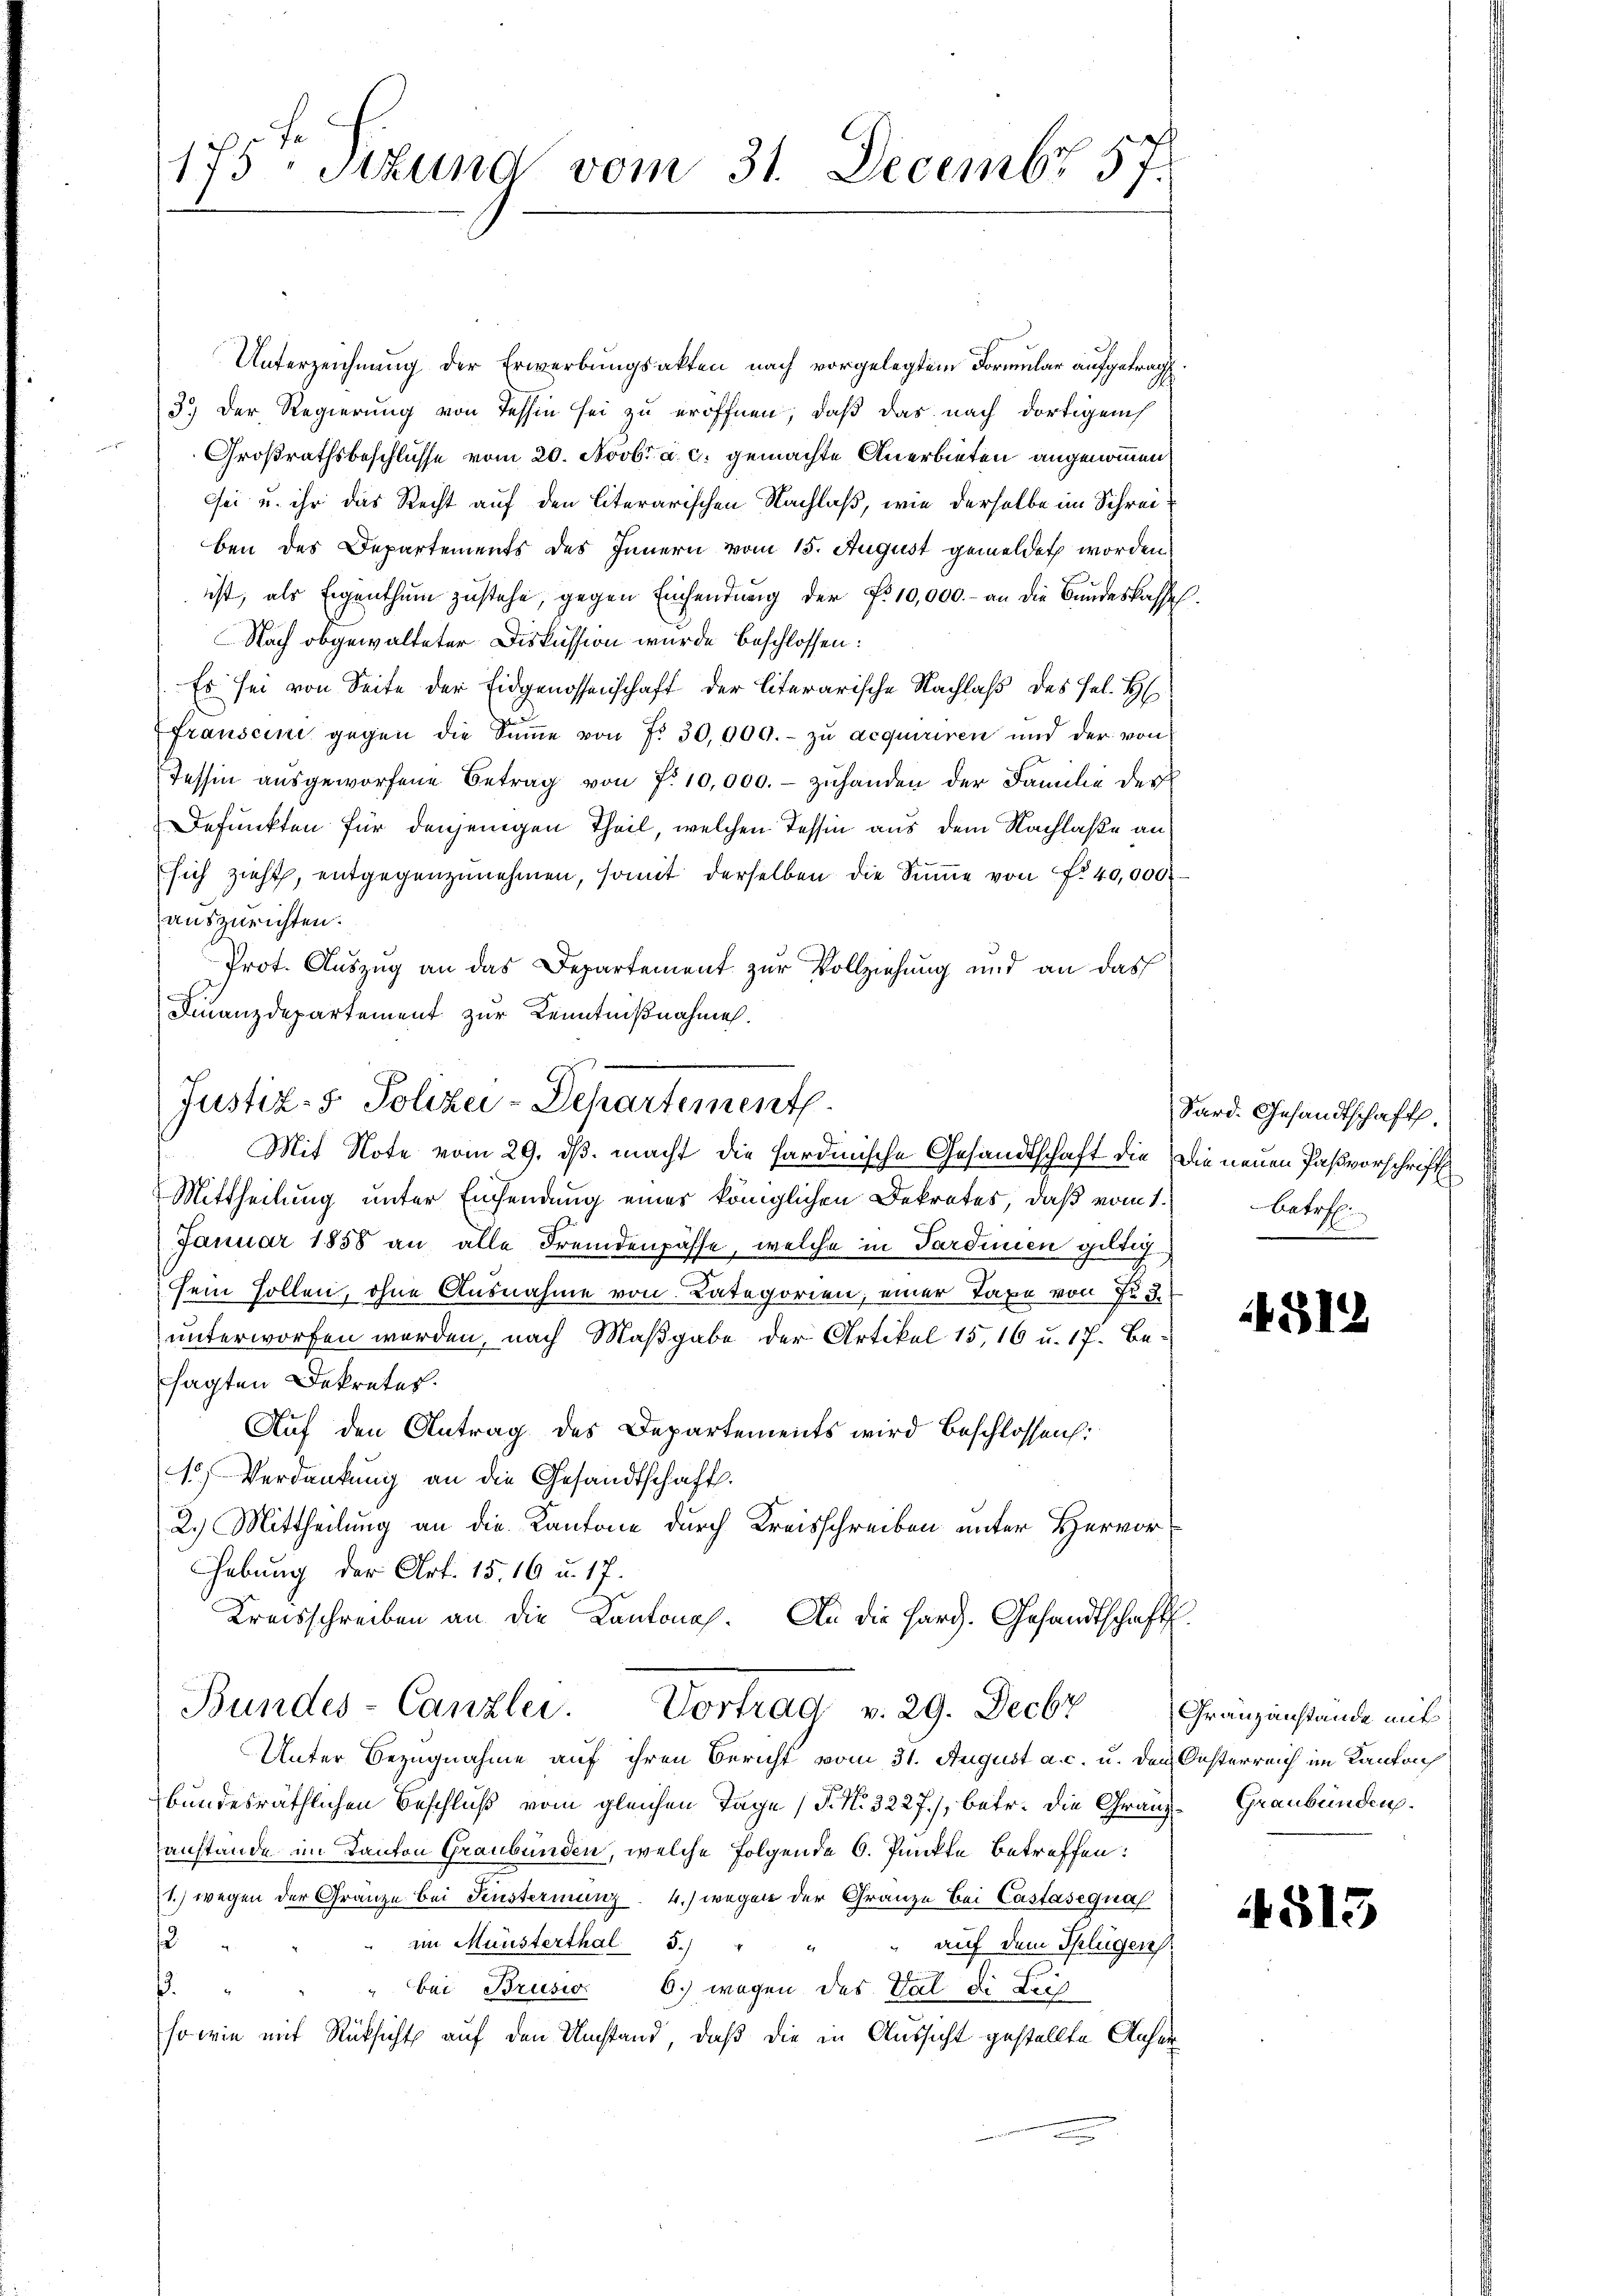
175. Stund vom 31. Decembr 57.

Unterzeichnung der Erwerbungsakten nach vorgelegtem Formular aufgetragt
3.) Der Regierung von Tessin sei zu eröffnen, daß das nach dortigens
Großrathsbeschlusse vom 20. Novbr. a. c. gemachte Anerbieten angenommen,
sei u. ihr das Recht auf den Literarischen Nachlaß, wie derselbe im Schreiben des Departements des Innern vom 15. August gemeldet worden
ist, als Eigenthum zustehe, gegen Einsendŭng der Fr. 10,000.- an die Bundeskassel.
Nach obgewalteter Diskussion wurde beschlossen:
Es sei von Seite der Eidgenossenschaft der literarische Nachlaß des Hel. H
frauseine gegen die Sŭṁe von 7. 30,000.- zŭ acquiriren und der von
Tessin aŭsgeworfene Betrag von 7. 10,000.- zŭhanden der Familie der
Defunkten für denjenigen Theil, welchen Tessin aus dem Nachlaße an
sich zieht, entgegenzunehmen, somit derselben die Summe von No 40,000
auszurichten.
Prot. Auszug an das Departement zur Vollziehung und an das
Finanzdepartement zur Kenntnißnahmen.
Mit Note vom 29. ds. macht die Hardinische Gesandtschaft die Die neuen Paßvorschrift
Mittheilung unter Einsendung eines königlichen Dekretes, daß vom 1.
Januar 1858 an alle Fremdenpässe, welche in Sardinien giltigsein sollen, ohne Ausnahme von Kategorien, einer Taxe von zu d
unterworfen werden, nach Maßgabe der Artikel 15, 16 u. 17. Be-
sagten Dekretes.
Auf den Antrag des Departements wird beschlossen:
15. Verdankung an die Gesandtschaft.
2.) Mittheilung an die Kantone durch Kreisschreiben unter Hervor¬
Hebung der Art. 15. 16 u. 17.
Kreisschreiben an die Kantonal. An die Hard. Gesandtschaft.
Bundes-Canzlei. Vortrag v. 29. Decbr Franzanstande mit
Unter Bezugnahme auf ihren Bericht vom 31. August a. c. u. den Oesterreich im Kanton
bundesräthlichen Beschluß vom gleichen Tage (T. N. 3227), betr. die Granz Graubünden.
anstande im Kanton Graubünden, welche Folgende 6. Punkte betreffen:
1.) wegen der Gränze bei Fensterinung . 4.) wegen der Gränze bei Castasegual
im Munsterthal 5.)
3
auf dem Splügen
.
" bei Brusio 6. wegen des Val di Leis
sowie mit Rücksicht auf den Umstand, daß die in Aussicht gestellte Anher

Justiz- & Polizei-Departement

Sard. Gesandtschaft.
betref

431.

4515